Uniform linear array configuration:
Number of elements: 8
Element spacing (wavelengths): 0.5
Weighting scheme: exponential
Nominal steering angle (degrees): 0
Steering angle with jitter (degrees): -1.024
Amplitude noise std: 0.05
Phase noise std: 0.05

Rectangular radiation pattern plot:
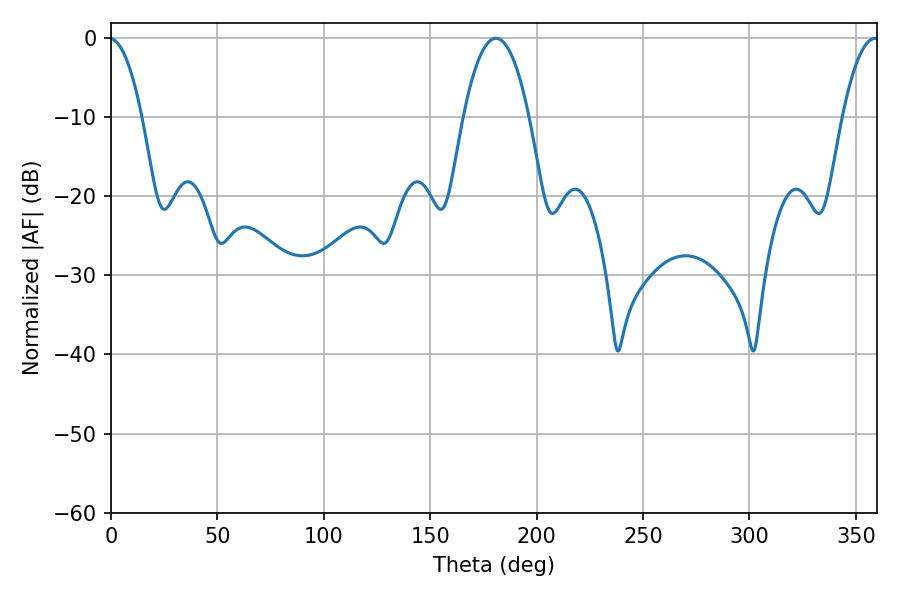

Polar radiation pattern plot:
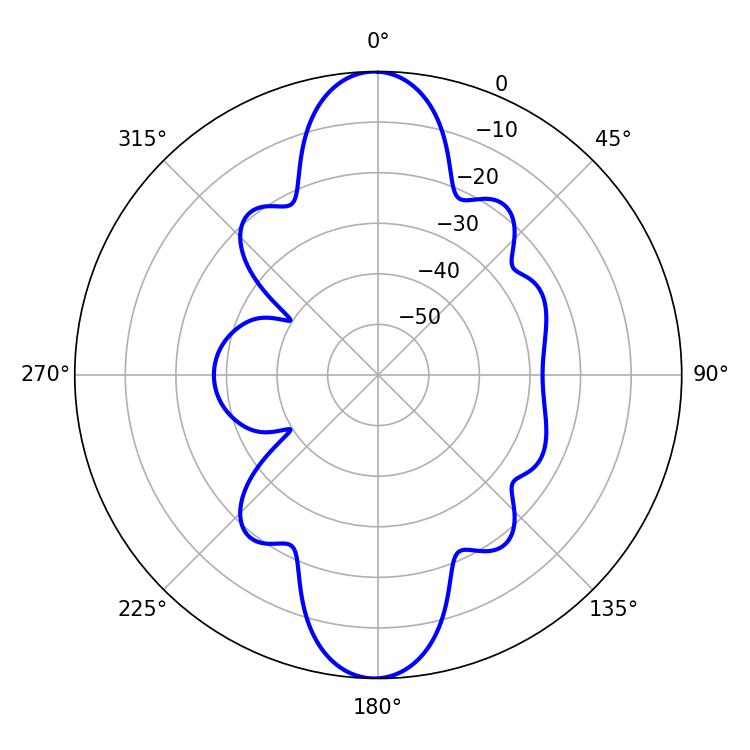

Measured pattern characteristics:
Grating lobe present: FALSE
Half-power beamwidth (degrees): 16.92
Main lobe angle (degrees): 180.9